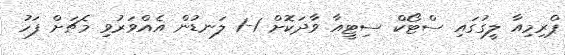
ޕްރިމިއާ ލީގުގައި ސްޓޯކް ސިޓީއާ ވާދަކޮށް 1-1 ލަނޑުން އެއްވަރުވި މެޗަށް ފަހު